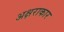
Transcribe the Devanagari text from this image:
अक्षराकार